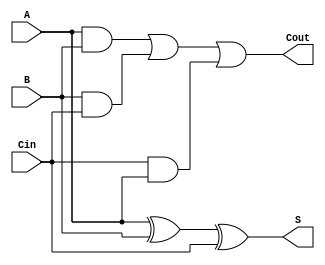
module full_adder(A, B, Cin, Cout, S);
input A, B, Cin;
output Cout, S;
assign S = A^B^Cin;
assign Cout = (A&B) | (B&Cin) | (Cin&A);
endmodule

module carry_4(A, B, Cin, Cout, S);
input [3:0] A, B;
input Cin;
output [3:0] S;
output Cout;
wire c1, c2, c3;
full_adder a0(A[0], B[0], Cin, c1, S[0]);
full_adder a1(A[1], B[1], c1, c2, S[1]);
full_adder a2(A[2], B[2], c2, c3, S[2]);
full_adder a3(A[3], B[3], c3, Cout, S[3]);
endmodule